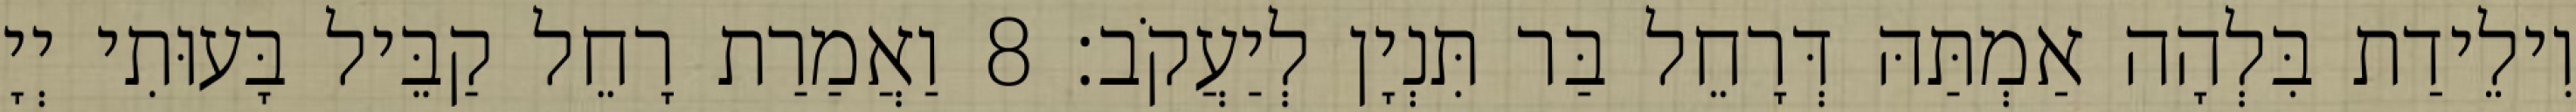
וִילֵידַת בִּלְהָה אַמְתַּהּ דְּרָחֵל בַּר תִּנְיָן לְיַעֲקֹב׃ 8 וַאֲמַרַת רָחֵל קַבֵּיל בָּעוּתִי יְיָ